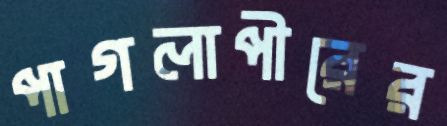
পাগলাপীরের